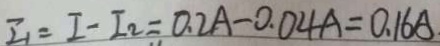
I _ { 1 } = I - I _ { 2 } = 0 . 2 A - 0 . 0 4 A = 0 . 1 6 A